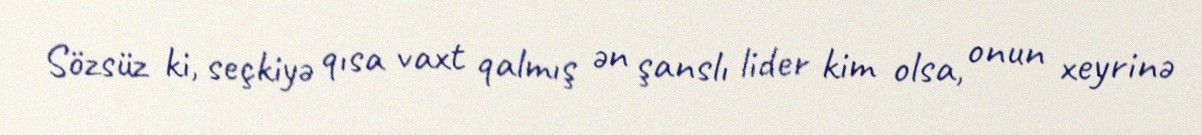
Sözsüz ki, seçkiyə qısa vaxt qalmış ən şanslı lider kim olsa, onun xeyrinə